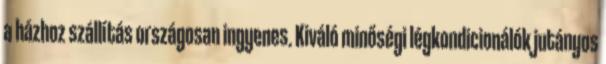
a házhoz szállítás országosan ingyenes. Kiváló minőségi légkondicionálók jutányos